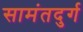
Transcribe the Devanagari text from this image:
सामंतदुर्ग